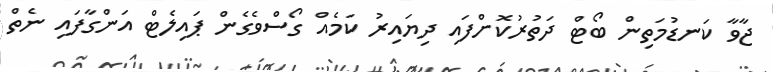
ޖާވާ ކަނޑުމަތިން ބޯޓް ދަތުރުކޮށްފައި ދިޔައިރު ކަމެއް ގޯސްވެގެން ޕައިލެޓް އަންގާފައި ނެތް